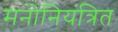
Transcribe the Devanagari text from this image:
मनोनियंत्रित